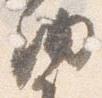
納